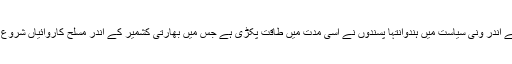
بھارت کے اندر ونی سیاست میں ہندوانتہا پسندوں نے اسی مدت میں طاقت پکڑی ہے جس میں بھارتی کشمیر کے اندر مسلح کاروائیاں شروع ہوئی ہیں۔